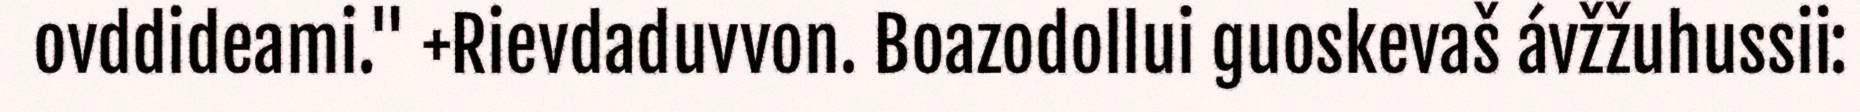
ovddideami." +Rievdaduvvon. Boazodollui guoskevaš ávžžuhussii: